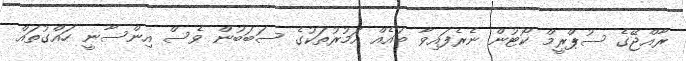
ރާއްޖޭގެ ސުޕްރީމް ކޯޓުން ނެރެފައިވާ ބައެއް އަމުރުތަކުގެ ސަބަބުން ވެސް އިންސާނީ ހައްގުތައް